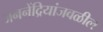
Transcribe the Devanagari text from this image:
जननेंद्रियांजवळील